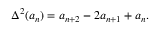
\Delta ^ { 2 } ( a _ { n } ) = a _ { n + 2 } - 2 a _ { n + 1 } + a _ { n } .